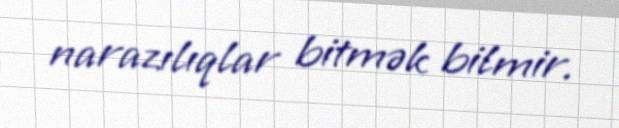
narazılıqlar bitmək bilmir.